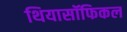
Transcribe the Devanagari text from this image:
थियासॉफिकल